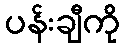
ပန်းချီကို